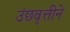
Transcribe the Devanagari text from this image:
उंछवृत्तीने